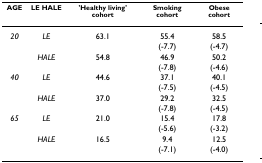
| AGE | LE HALE | 'Healthy living' cohort | Smoking cohort | Obese cohort |
 | --- | --- | --- | --- | --- |
 | 20 | LE | 63.1 | 55.4 | 58.5 |
 |  |  |  | (-7.7) | (-4.7) |
 |  | HALE | 54.8 | 46.9 | 50.2 |
 |  |  |  | (-7.8) | (-4.6) |
 | 40 | LE | 44.6 | 37.1 | 40.1 |
 |  |  |  | (-7.5) | (-4.5) |
 |  | HALE | 37.0 | 29.2 | 32.5 |
 |  |  |  | (-7.8) | (-4.5) |
 | 65 | LE | 21.0 | 15.4 | 17.8 |
 |  |  |  | (-5.6) | (-3.2) |
 |  | HALE | 16.5 | 9.4 | 12.5 |
 |  |  |  | (-7.1) | (-4.0) |